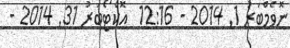
ނޮވެމްބަރު 1